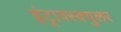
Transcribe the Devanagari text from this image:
इंट्रावस्क्युलर